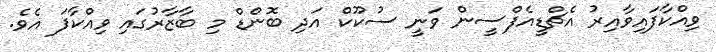
ވިއްކާފައިވާއިރު އެޗްޑީއެފްސީން ވަނީ ސުކޫކް އަދި ބޮންޑް މި ބާޒާރުގައި ވިއްކާފަ އެވެ.